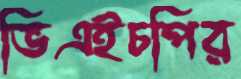
ভিএইচপির